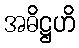
အဓိဋ္ဌဟိ